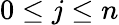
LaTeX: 0\leq j\leq n